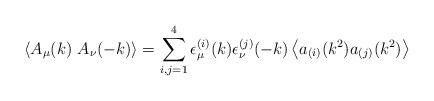
\begin{align*}\left < A_\mu(k) \ A_\nu(-k) \right > = \sum_{i,j=1}^4 \epsilon^{(i)}_\mu (k) \epsilon _\nu ^{(j)}(-k) \left <a_{(i)}(k^2)a_{(j)}(k^2)\right >\end{align*}